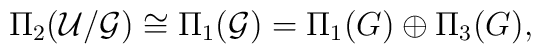
\Pi_2({\cal U}/{\cal G})\cong\Pi_1({\cal G}) =\Pi_1(G)\oplus\Pi_3(G),